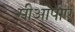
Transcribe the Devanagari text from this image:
सीओपीए